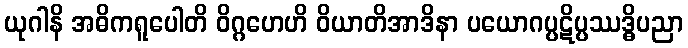
ယုဂါနိ အဓိကရူပေါတိ ဝိဂ္ဂဟေဟိ ဝိယာတိအာဒိနာ ပယောဂပ္ပဋိပ္ပဿဒ္ဓိပညာ